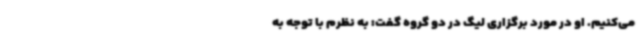
می‌کنیم. او در مورد برگزاری لیگ‌ در دو گروه گفت: به نظرم با توجه به